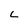
Character: L